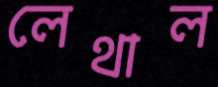
লেথাল